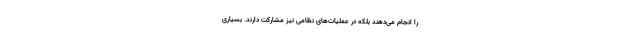
را انجام می‌دهند بلکه در عملیات‌های نظامی نیز مشارکت دارند. بسیاری